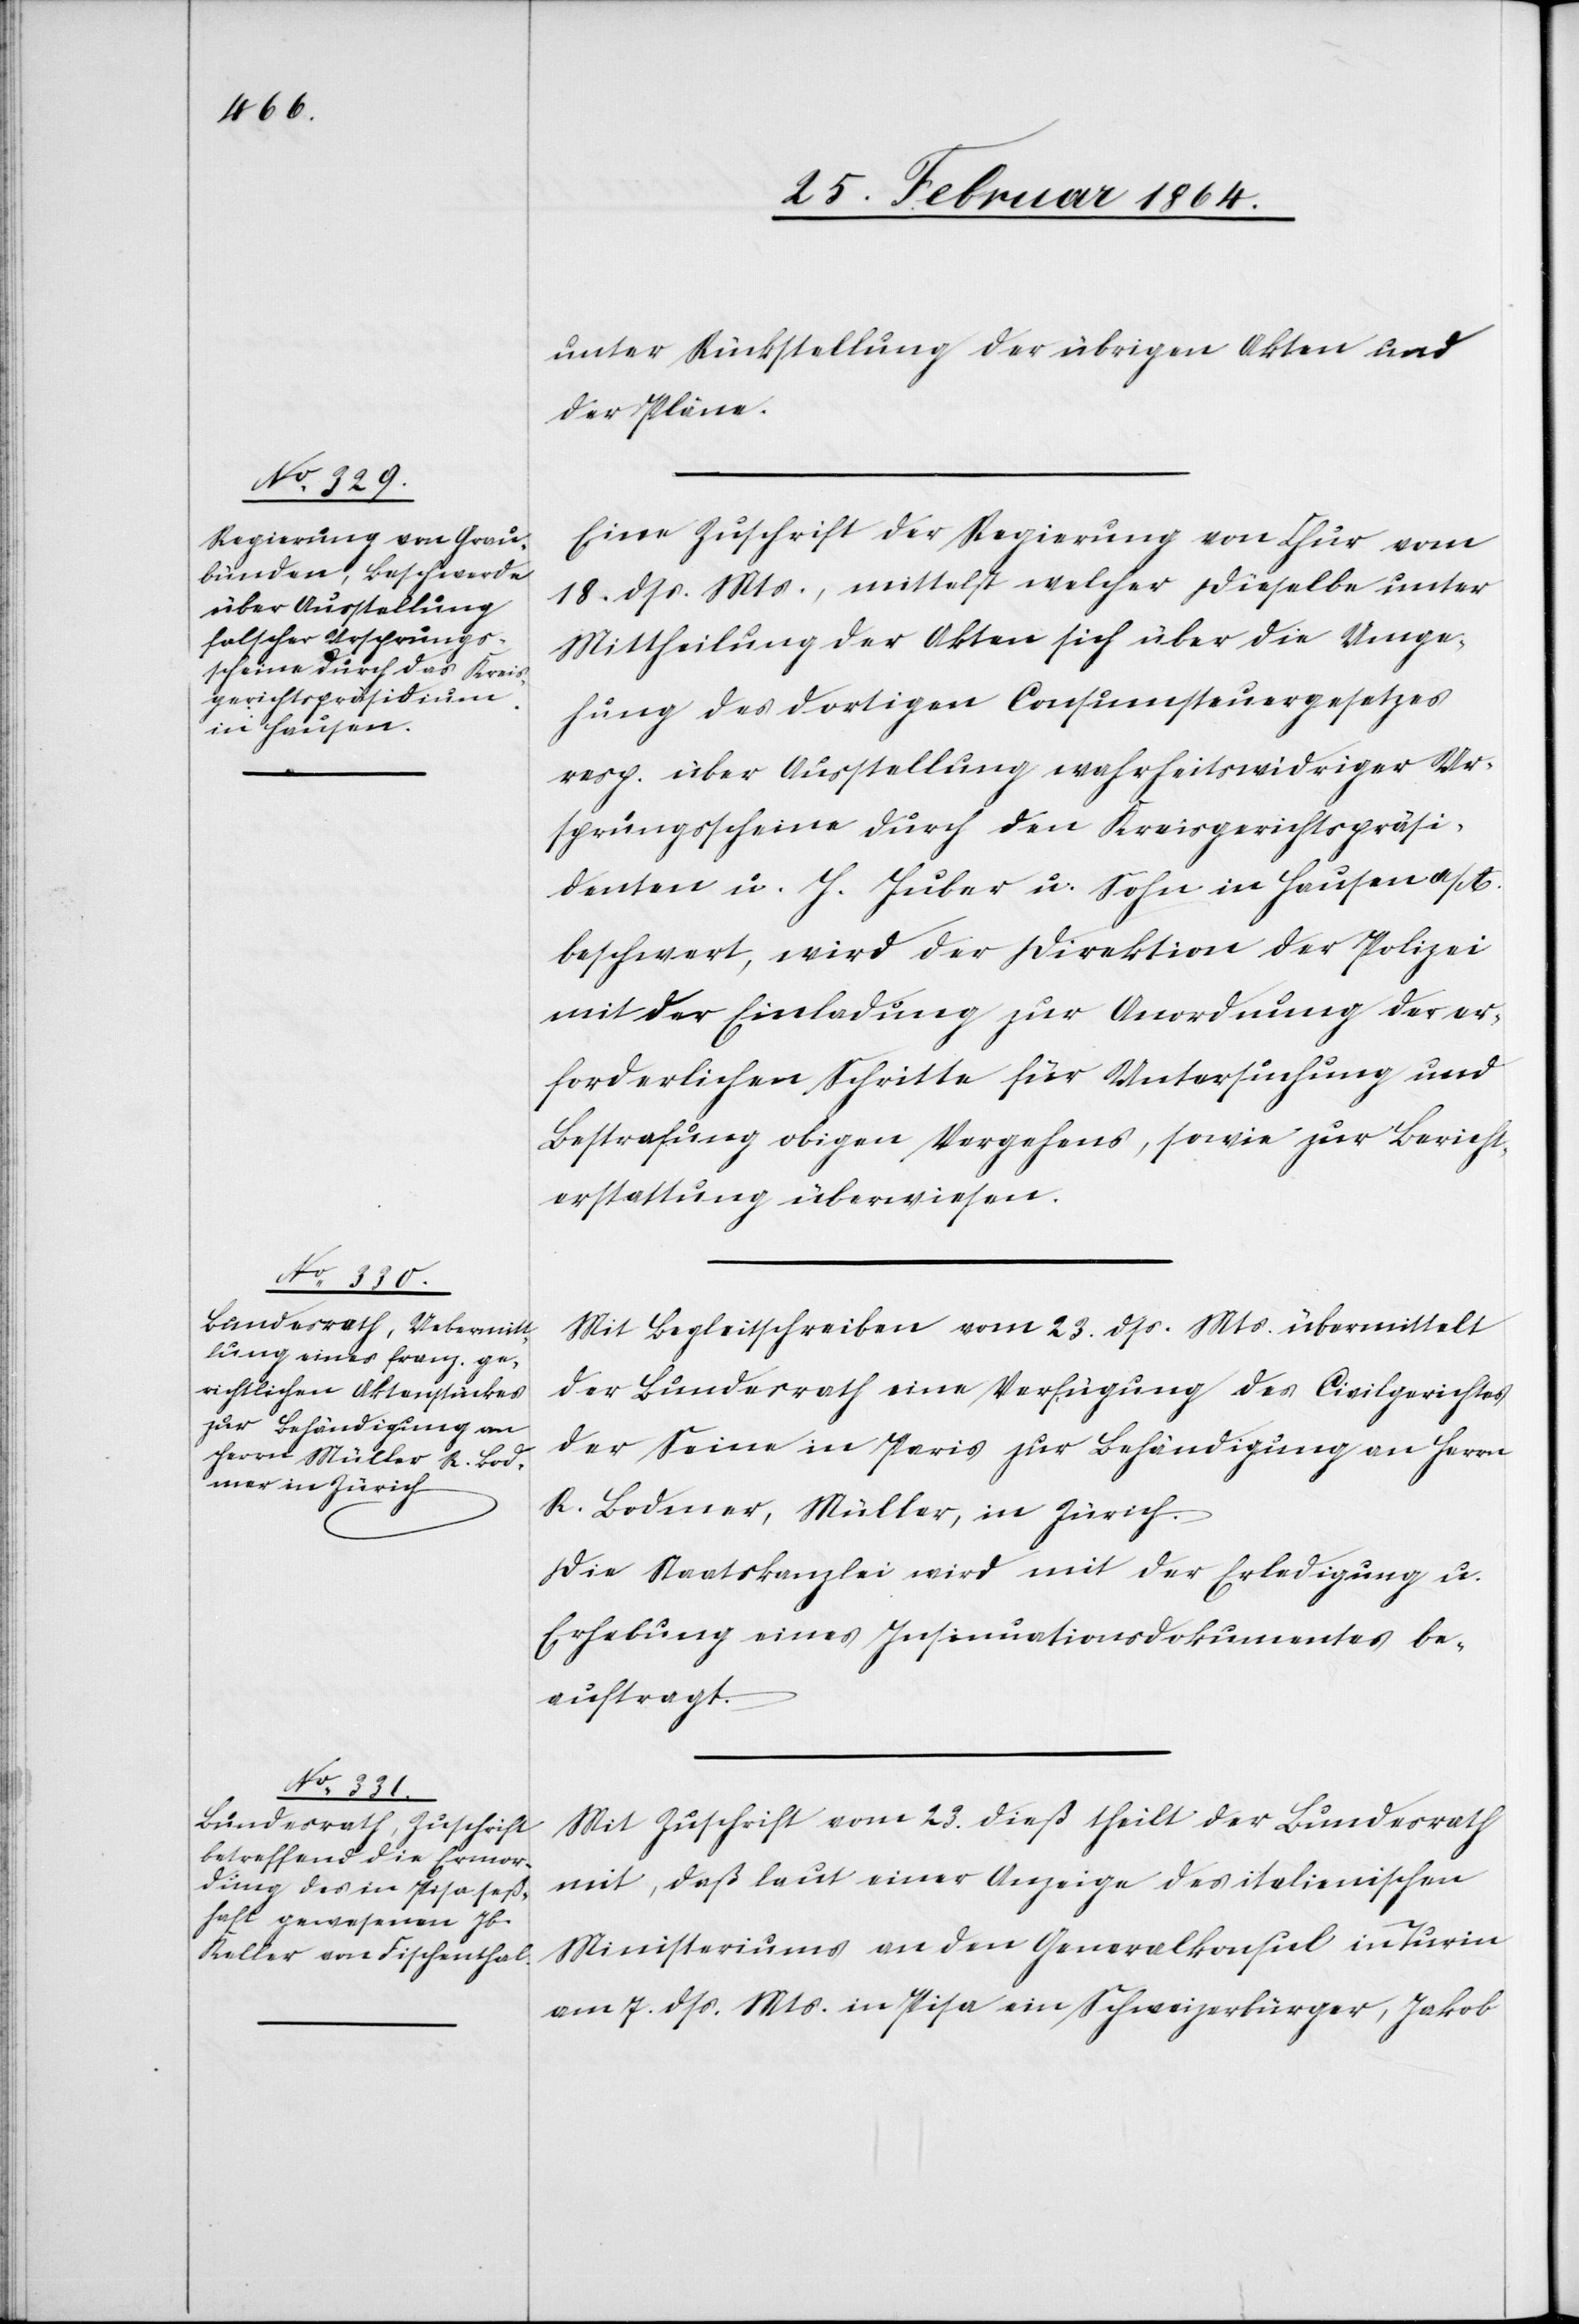
unter Rückstellung der übrigen Akten und
der Pläne
Eine Zuschrift der Regierung von Chur vom
18. dss. Mts., mittelst welcher dieselbe unter
Mittheilung der Akten sich über die Umge¬
hung des dortigen Consumsteuergesetzes
resp. über Ausstellung wahrheitswidriger Ur¬
sprungsscheine durch den Kreisgerichtspräsi¬
denten u. H. Huber u. Sohn in Hausen a/A.
beschwert, wird der Direktion der Polizei
mit der Einladung zur Anordnung der er¬
forderlichen Schritte für Untersuchung und
Bestrafung obigen Vorgehens, sowie zur Bericht¬
erstattung überwiesen.
Mit Begleitschreiben vom 23. dss. Mts. übermittelt
der Bundesrath eine Verfügung des Civilgerichtes
der Seine in Paris zur Behändigung an Herrn
R. Bodmer, Müller, in Zürich.
Die Staatskanzlei wird mit der Erledigung u.
Erhebung eines Insinuationsdokumentes be¬
auftragt.
Mit Zuschrift vom 23. dieß theilt der Bundesrath
mit, daß laut einer Anzeige des italienischen
Ministeriums an den Generalkonsul in Turin
am 7. dss. Mts. in Pisa ein Schweizerbürger, Jakob